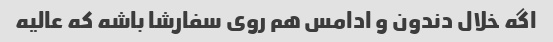
اگه خلال دندون و ادامس هم روی سفارشا باشه که عالیه